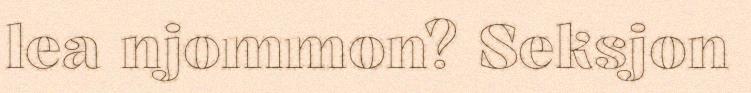
lea njommon? Seksjon